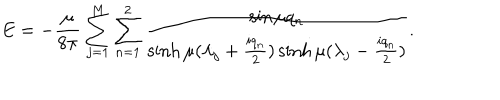
E = - { \frac { \mu } { 8 \pi } } \sum _ { j = 1 } ^ { M } \sum _ { n = 1 } ^ { 2 } { \frac { \sin \mu q _ { n } } { \sinh \mu ( \lambda _ { j } + { \frac { i q _ { n } } { 2 } } ) \sinh \mu ( \lambda _ { j } - { \frac { i q _ { n } } { 2 } } ) } } .